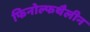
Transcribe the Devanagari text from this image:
फिनोल्फथैलीन